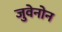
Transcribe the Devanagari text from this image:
जुवेनोन